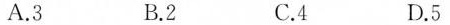
A. 3 B. 2 C. 4 D. 5